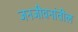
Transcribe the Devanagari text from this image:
जनजीवनांतील